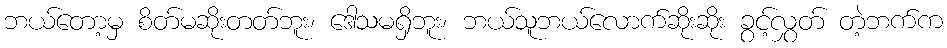
ဘယ်တော့မှ စိတ်မဆိုးတတ်ဘူး၊ ဒေါသမရှိဘူး၊ ဘယ်သူဘယ်လောက်ဆိုးဆိုး ခွင့်လွှတ် တဲ့ဘက်က